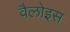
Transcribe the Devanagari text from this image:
वैलोइस